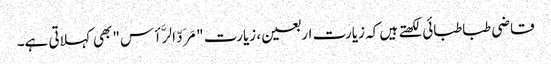
قاضی طباطبائی لکھتے ہیں کہ زیارت اربعین، زیارت "مَرَدّ الرَّأس" بھی کہلاتی ہے۔